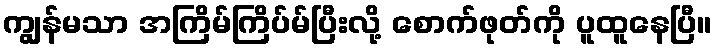
ကျွန်မသာ အကြိမ်ကြိပ်မ်ပြီးလို့ စောက်ဖုတ်ကို ပူထူနေပြီ။